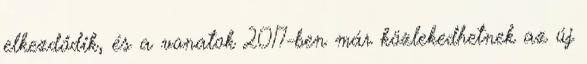
elkezdődik, és a vonatok 2017-ben már közlekedhetnek az új